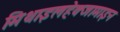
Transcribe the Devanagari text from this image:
मिथाइलहेक्जामाइन